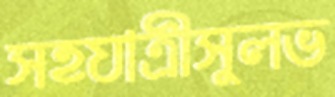
সহযাত্রীসুলভ